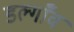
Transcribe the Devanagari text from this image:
डल्गाँव